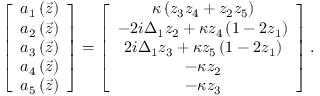
\left[ \begin{array} { c } { a _ { 1 } \left( \vec { z } \right) } \\ { a _ { 2 } \left( \vec { z } \right) } \\ { a _ { 3 } \left( \vec { z } \right) } \\ { a _ { 4 } \left( \vec { z } \right) } \\ { a _ { 5 } \left( \vec { z } \right) } \end{array} \right] = \left[ \begin{array} { c } { \kappa \left( z _ { 3 } z _ { 4 } + z _ { 2 } z _ { 5 } \right) } \\ { - 2 i \Delta _ { 1 } z _ { 2 } + \kappa z _ { 4 } \left( 1 - 2 z _ { 1 } \right) } \\ { 2 i \Delta _ { 1 } z _ { 3 } + \kappa z _ { 5 } \left( 1 - 2 z _ { 1 } \right) } \\ { - \kappa z _ { 2 } } \\ { - \kappa z _ { 3 } } \end{array} \right] .